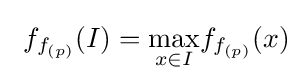
\textstyle \ f_{f_{(p)}}(I)={\underset {x\in I}{\max }}f_{f_{(p)}}(x)